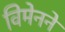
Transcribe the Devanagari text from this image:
विमेनने